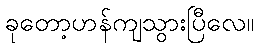
ခုတော့ဟန်ကျသွားပြီလေ။